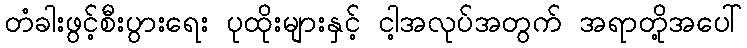
တံခါးဖွင့်စီးပွားရေး ပုထိုးများနှင့် ငါ့အလုပ်အတွက် အရာတို့အပေါ်